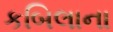
કબિલાના